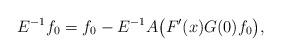
LaTeX: \begin{align*} &E^{-1}f_0=f_0-E^{-1}A\big(F^{\prime}(x)G(0)f_0\big),\end{align*}